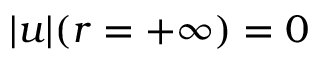
| \boldsymbol { u } | ( r = + \infty ) = 0